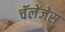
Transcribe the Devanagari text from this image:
चॅलेंजेस